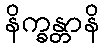
နိက္ခန္တာနိ